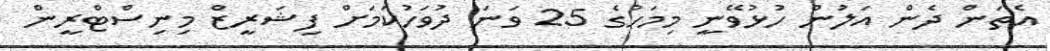
އެތަން ދެން އަލުން ހުޅުވޭނީ މިމަހުގެ 25 ވަނަ ދުވަހުކަމަށް ފިޝަރީޒް މިނިސްޓްރީން